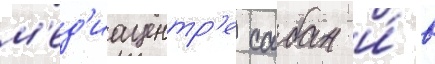
м'ед'иацентр'е сабан и́ в